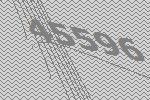
45596